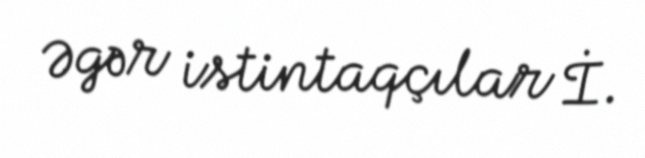
Əgər istintaqçılar İ.